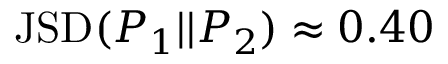
\mathrm { J S D } ( P _ { 1 } | | P _ { 2 } ) \approx 0 . 4 0